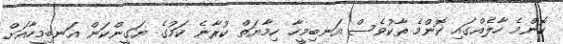
ކޮންމެ ހާލެއްގައި ކޮންމެ ތާކުވެސް އަނބިމީހާ ހިމާޔަތް ކުރާނެ ކަމުގެ ޔަގީންކަން އަނބިމީހާއަށް